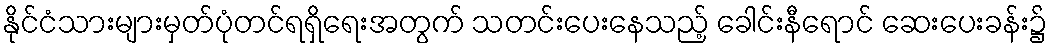
နိုင်ငံသားများမှတ်ပုံတင်ရရှိရေးအတွက် သတင်းပေးနေသည့် ခေါင်းနီရောင် ဆေးပေးခန်း၌